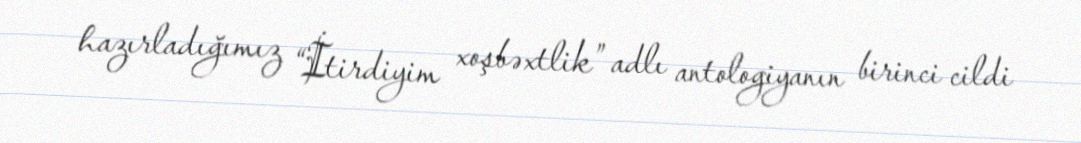
hazırladığımız “İtirdiyim xoşbəxtlik” adlı antologiyanın birinci cildi